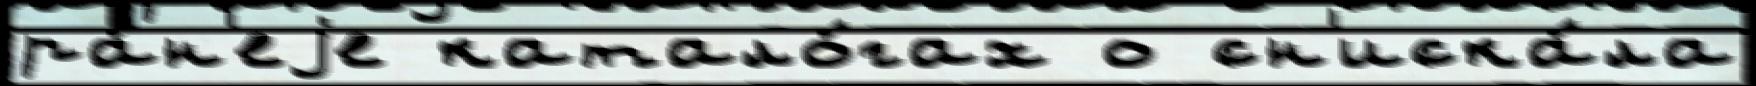
ра́н'еjе катало́гах о сн'иска́ла